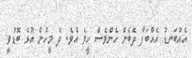
އެއްބަނޑު އެއްބަފާ ދެބެން ހެންވެސް ހީވެ އެވެ. ދެ މީހުން އުޅެ ބޮޑުވީ